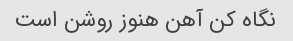
نگاه کن آهن هنوز روشن است